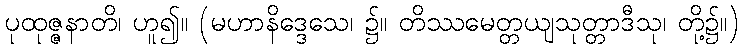
ပုထုဇ္ဇနာတိ၊ ဟူ၍။ (မဟာနိဒ္ဒေသေ၊ ၌။ တိဿမေတ္တယျသုတ္တာဒီသု၊ တို့၌။)